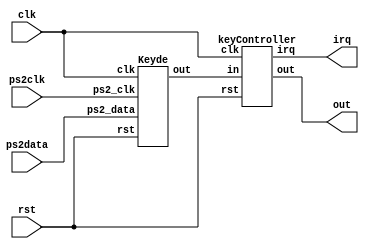
module keyboard(
	input clk,
	input rst,
		
	input ps2clk,
	input ps2data,
	
	output irq,
	output[31:0] out
);

wire rdy;
wire[7:0] outK;

Keyde kD(.clk(clk),
			
			.rst(rst),
			
			.ps2_clk(ps2clk),
			.ps2_data(ps2data), 
			
			.out(outK)
);

keyController kC(.clk(clk),
					  .rst(rst),
					  .irq(irq),
					  
					  .in(outK),
					  
						.out(out)
);


endmodule

module keyController(
	input clk,
	input rst,
	
	input[7:0] in,
	
	output reg irq,
	
	output reg[31:0] out
);

reg[31:0] f_out;
reg[7:0] mem;
reg[7:0] f_mem;

reg[2:0] tim;
reg[2:0] f_tim;

always@(posedge clk or posedge rst)
	if(rst) f_mem <= 0;
	else f_mem <= mem;

	
always@(posedge clk or posedge rst)
	if(rst) f_tim <= 0;
	else f_tim <= tim;


	
always@(posedge clk or posedge rst)
	if(rst) f_out <= 0;
	else f_out <= out;

reg decy;

always@(*)begin
	out = f_out;
	irq = 0;
	mem = f_mem;
	
	tim = f_tim;
	
	if(f_tim == 0) begin
		
		if(in != f_mem)begin
					irq = 1;
					out = {8'd2,8'b0,8'b0,in};
					mem = in;
					
				end
		
		
		tim = 7;
	end
	
	if(tim!=0)begin
		tim = f_tim - 1;
	end
end

endmodule

module Keyde (
  input clk,
  input rst,
  
  input ps2_data,
  input ps2_clk,
  
  output reg [7:0] out
);


parameter idle    = 2'b01;
parameter receive = 2'b10;
parameter ready   = 2'b11;


reg [1:0]  state=idle;
reg [16:0] rxtimeout=17'b0000000000000000;
reg [10:0] rxregister=11'b11111111111;
reg [1:0]  datasr=2'b11;
reg [1:0]  clksr=2'b11;
reg [7:0]  rxdata;


reg datafetched;
reg rxactive;
reg dataready;


always @(posedge clk ) 
begin 
  if(datafetched==1)
    out <=rxdata;
end  
  
always @(posedge clk ) 
begin 
	if(rst)begin
			state=idle;
			rxtimeout=16'b0000000000000000;
			rxregister=11'b11111111111;
			datasr=2'b11;
			clksr=2'b11;
			rxdata = 0;
	end else 
	begin
		  rxtimeout<=rxtimeout+1;
		  datasr <= {datasr[0],ps2_data};
		  clksr  <= {clksr[0],ps2_clk};


		  if(clksr==2'b10)
			 rxregister<= {datasr[1],rxregister[10:1]};


		  case (state) 
			 idle: 
			 begin
				rxregister <=11'b11111111111;
				rxactive   <=0;
				dataready  <=0;
				rxtimeout  <=16'b0000000000000000;
				if(datasr[1]==0 && clksr[1]==1)
				begin
				  state<=receive;
				  rxactive<=1;
				end   
			 end
			 
			 receive:
			 begin
				if(rxtimeout==90000)
				  state<=idle;
				else if(rxregister[0]==0)
				begin
				  dataready<=1;
				  rxdata<=rxregister[8:1];
				  state<=ready;
				  datafetched<=1;
				end
			 end
			 
			 ready: 
			 begin
				if(datafetched==1)
				begin
				  state     <=idle;
				  dataready <=0;
				  rxactive  <=0;
				end  
			 end  
		  endcase
	end
end 
endmodule